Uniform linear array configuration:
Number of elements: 48
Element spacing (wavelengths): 0.5
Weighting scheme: cosine
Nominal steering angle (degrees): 60
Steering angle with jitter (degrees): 58.015
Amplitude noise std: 0.05
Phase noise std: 0.05

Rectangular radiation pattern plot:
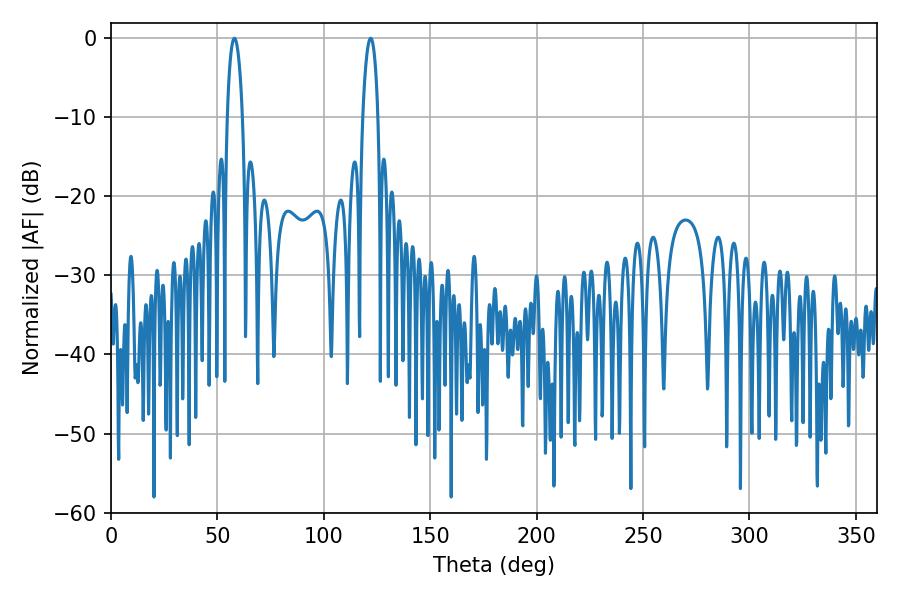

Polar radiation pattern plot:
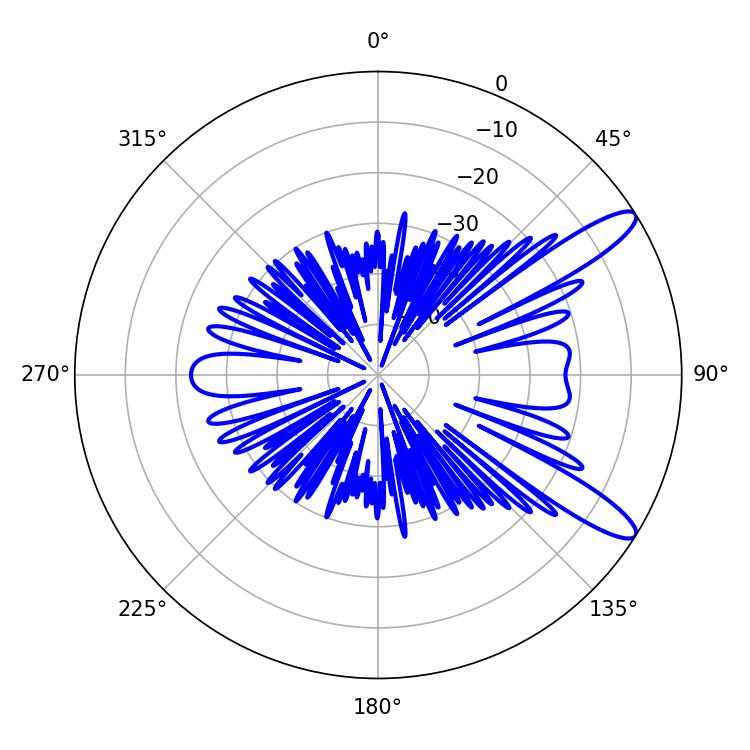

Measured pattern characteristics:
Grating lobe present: FALSE
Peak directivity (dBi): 11.749
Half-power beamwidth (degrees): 4.14
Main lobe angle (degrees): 57.96